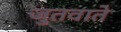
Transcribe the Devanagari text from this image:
जुतवाते